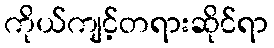
ကိုယ်ကျင့်တရားဆိုင်ရာ